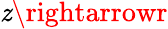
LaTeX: \mathit{z}\rightarrowr